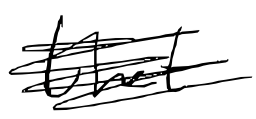
Text: that
Cross-out: scratch
Writing tool: digital_black